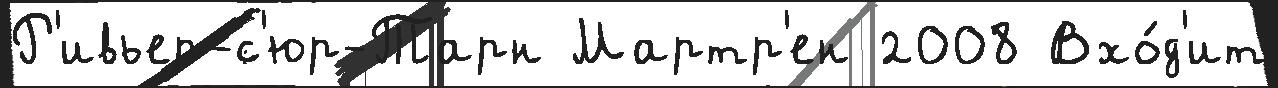
Р'ивьер-с'юр-Тарн Мартр'ен 2008 Вхо́д'ит